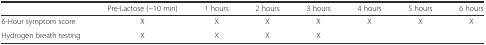
<table><thead><tr><td></td><td><b>Pre-Lactose (−10 min)</b></td><td><b>1 hours</b></td><td><b>2 hours</b></td><td><b>3 hours</b></td><td><b>4 hours</b></td><td><b>5 hours</b></td><td><b>6 hours</b></td></tr></thead><tbody><tr><td>6-Hour symptom score</td><td>X</td><td>X</td><td>X</td><td>X</td><td>X</td><td>X</td><td>X</td></tr><tr><td>Hydrogen breath testing</td><td>X</td><td>X</td><td>X</td><td>X</td><td></td><td></td><td></td></tr></tbody></table>